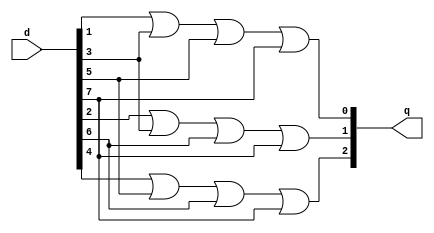
`timescale 1ns / 1ps
//////////////////////////////////////////////////////////////////////////////////
// Company: 
// Engineer: 
// 
// Design Name: 
// Module Name: priority_encoder
// Project Name: 
// Target Devices: 
// Tool Versions: 
// Description: 
// 
// Dependencies: 
// 
// Revision:
// Revision 0.01 - File Created
// Additional Comments:
// 
//////////////////////////////////////////////////////////////////////////////////


module priority_encoder(q, d );
input  [7:0] d;
output  [2:0] q;

 
 assign q[0] = d[1] || d[3] || d[5] || d[7];
 assign q[1] = d[2] || d[3] || d[6] || d[7];
 assign q[2] = d[4] || d[5] || d[6] || d[7];



endmodule




//module priority_Encoder(out, in);
//input [7:0] in;
//output reg [2:0] out;

//always@ (*)
//begin  
//    casex(in)
//    8'b00000001: out = 3'b0000;
//    8'b0000001x: out = 4'b0001;
//    8'b000001xx: out = 4'b0010;
//    8'b00001xxx: out = 4'b0011;
//    8'b0001xxxx: out = 4'b0100;
//    8'b001xxxxx: out = 4'b0101;
//    8'b01xxxxxx: out = 4'b0110;
//    8'b1xxxxxxx: out = 4'b0111;
  
//    default : out = 4'bzzzz; 
//endcase
//end
 
//endmodule




//module TB_PE();
// wire [7:0] d;
// reg  [2:0] q;

//priority_encoder PE1(q, d );

//initial 
//begin

//#00 d[7:0] = 8'b00000000;
//#10 d[7:0] = 8'b00000010;
//#10 d[7:0] = 8'b00000100;
//#10 d[7:0] = 8'b00001000;
//#10 d[7:0] = 8'b00010000;
//#10 d[7:0] = 8'b00100000;
//#10 d[7:0] = 8'b01000000;
//#10 d[7:0] = 8'b10000000;

//#10 $finish;

//end
//endmodule